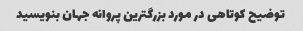
توضیح کوتاهی در مورد بزرگترین پروانه جهان بنویسید